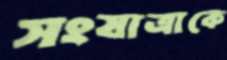
সংযাত্রাকে